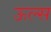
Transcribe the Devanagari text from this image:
ऊल्स